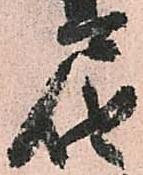
届